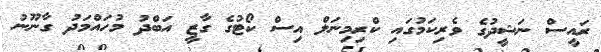
ރައީސް ނަޝީދުގެ ވެރިކަމުގައި ކްރިމިނަލް އިސް ކޯޓުގެ ގާޒީ އަބްދު މުހައްމަދު ގާނޫނު